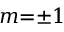
m { = } { \pm } 1